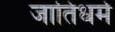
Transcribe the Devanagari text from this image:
जातिधर्म